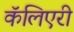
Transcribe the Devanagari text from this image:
कॅलिएरी